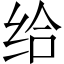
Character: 给